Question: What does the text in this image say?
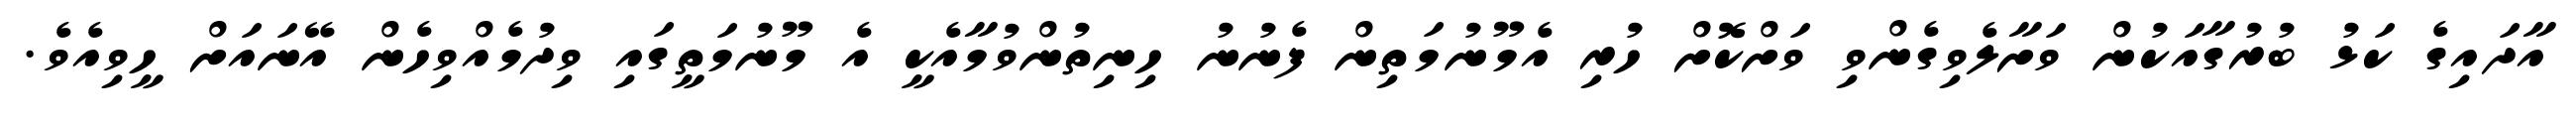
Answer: އާދައިގެ ކަޅު ބުރުގާއަކުން ވަށާލެވިގެންވި ވަށްކޮށް ހުރި އެމޫނުމަތިން ފެނުނު ހިނިތުންވުމާއެކީ އެ މޫނުމަތީގައި ވިދުމެއްވިހެން އޭނައަށް ހީވިއެވެ.